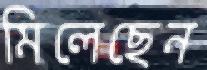
মিলেছেন